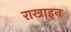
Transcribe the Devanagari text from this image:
राखाइन